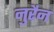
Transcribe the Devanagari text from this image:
नुरैन